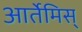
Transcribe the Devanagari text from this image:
आर्तेमिस्‌